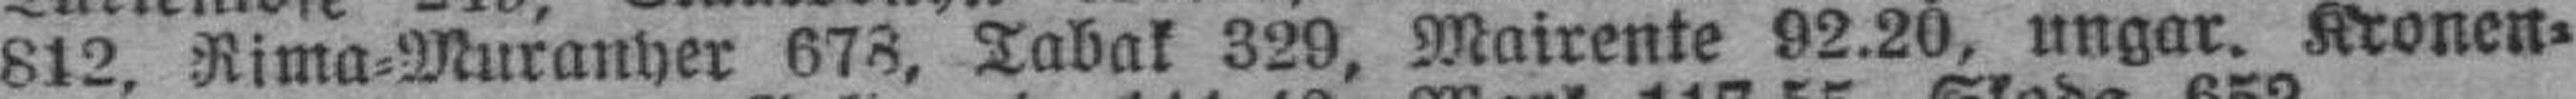
812, Rima=Muranher 678, Tabak 329, Mairente 92.20, ungar. Kronen¬